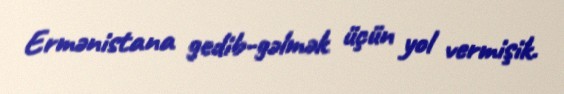
Ermənistana gedib-gəlmək üçün yol vermişik.